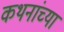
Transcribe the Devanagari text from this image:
कथनांच्या